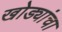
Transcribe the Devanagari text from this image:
खोड्यांचा